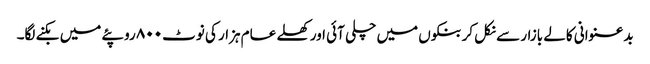
بدعنوانی کالے بازار سے نکل کر بنکوں میں چلی آئی اور کھلے عام ہزار کی نوٹ ۸۰۰ روپئے میں بکنے لگا۔